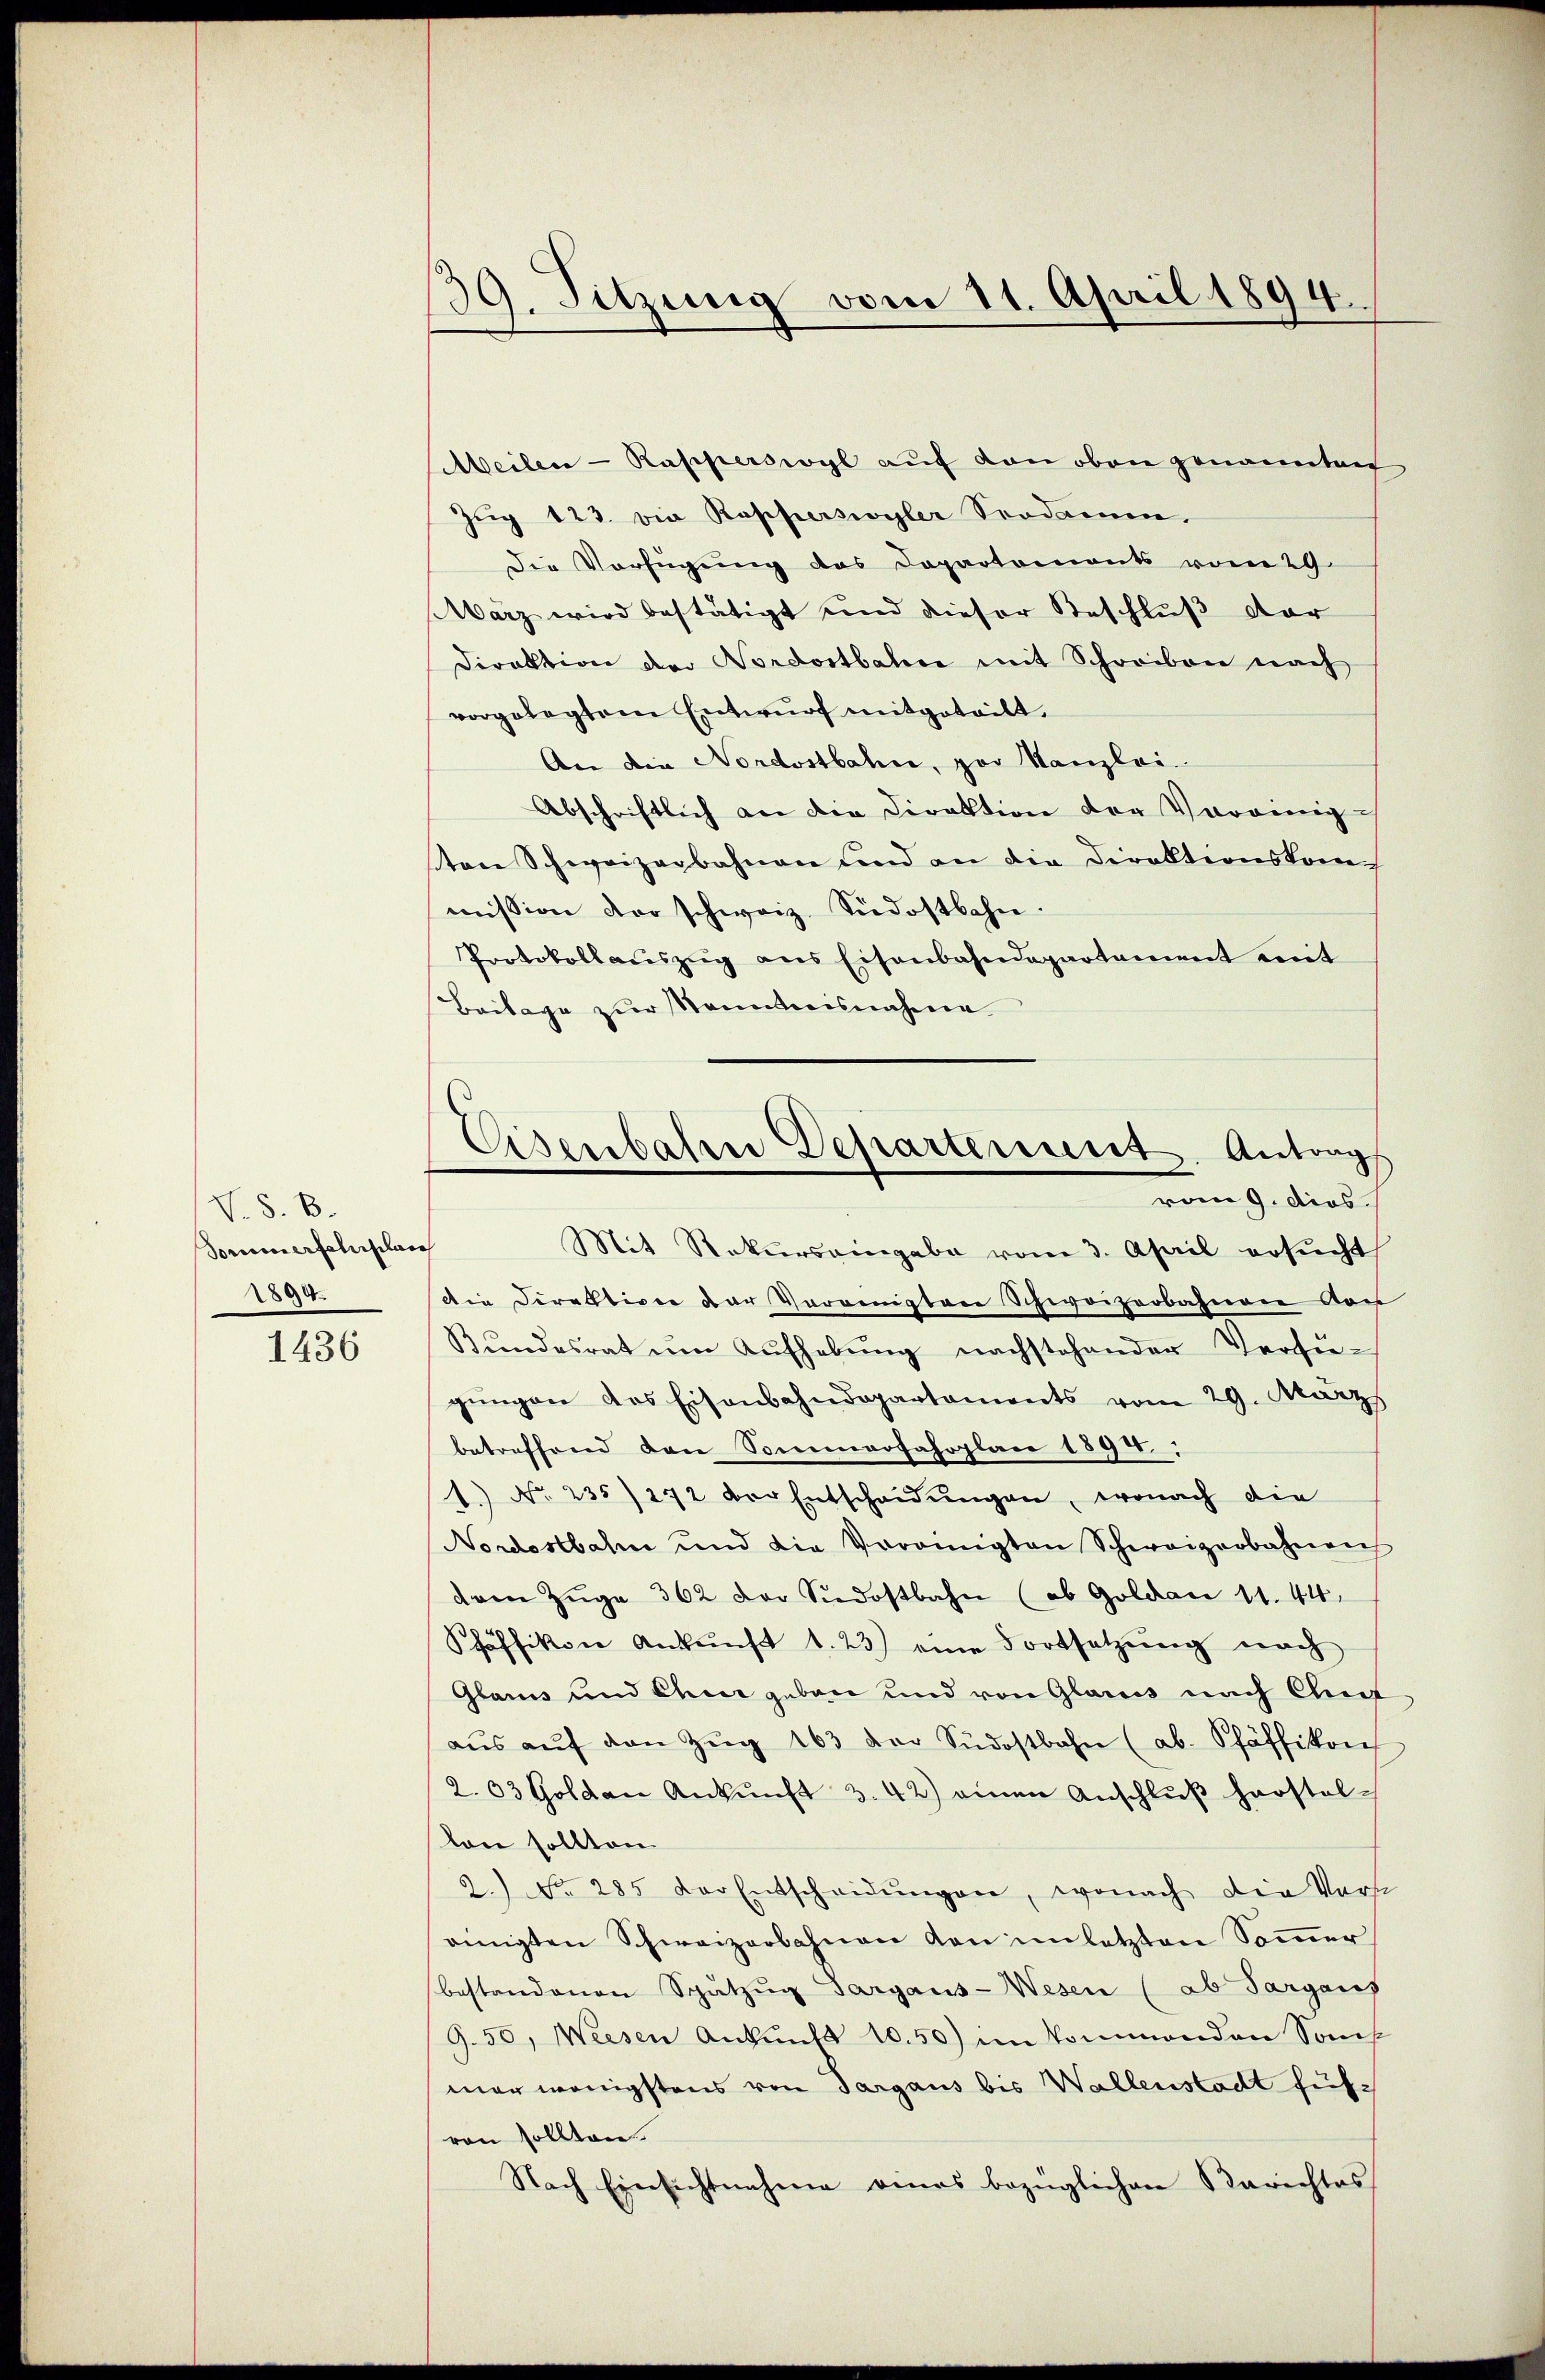
V. S. B.
dorum erschischen
2890.

1436

Meilen-Rapperswyl aŭf den oben genannten
Zŭg 123. die Rapperswyler Sodann
Die Verfügung des Departements vom 29.
März wird bestätigt und dieser Beschluß dar
Direktion der Nordostbahn mit Schreiben nach
vorgelegtem Entwurf mitgeteilt.
An die Nordostbahn, par Kanzlei-
Abschriftlich an die Direktion der Vereinig-
ton Schweizerbahnen und an die Direktionskommission der schweiz. Südostbahn.
Protokollaŭszŭg ans Eisenbahndepartement mit
Beilage zur Kenntnisnahme
Mit Rekurs eingabe vom 3. April ersŭcht
die Direktion der Vereinigten Schweizerbahnen Kos
Bŭndesrat ŭm Aŭfhebŭng nachstehender Versie-
gŭngen des Eisenbahndepartements vom 29. März
betreffend den Sommerfahrplan 1894.
1. No. 235/272 der Entscheidŭngen, wonach die
Nordostbahn und die Vereinigten Schweizerbahnen
dam Züge 362 der Südostbahn (ob Goldau 11. 44.
Pfäffikon Ankunft 1.23) eine Fortsetzŭng nach
Glarus und Chur geben und von Glarus nach Chmet
aŭs aŭf den Zŭg 163 der Südostbahn (ab. Pfäffikon
2.03 Goldan Ankŭnft 3.42) einen Anschlŭβ herstellan sollten.
2.) No. 285 der Entscheidŭngen, wonach die Vorsc
einigten Schweizerbahnen von im letzten Soṁer
bestandenen Spätzŭg Sargaus-Wesen (ab Sargaus
9. 50, Weesen Ankunft 10.50) im kommenden Sons
mar wenigstens von Sargaus bis Wallenstadt führ
ren sollten
Nach Einsichtnahme eines bezüglichen Berichtes

39. Sitzung vom 11. April 1894

Eisenbahrer Departement. Antrag
vom 9. dies